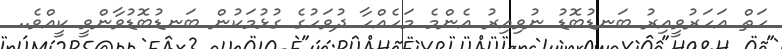
ހަތް އަހަރުވީއިރު ބަނޑުބޮޑު ނުވިއިރު އެންމެ މަހެއްހާ ދުވަހުގެ ގުޅުމަކުން ބަނޑުބޮޑުވާންވީ ކީއްވެ..